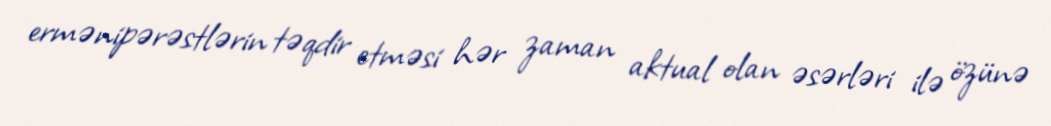
ermənipərəstlərin təqdir etməsi hər zaman aktual olan əsərləri ilə özünə